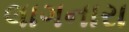
લાગનારા